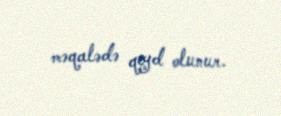
məqalədə qeyd olunur.